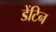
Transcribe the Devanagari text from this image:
डेंटिन